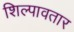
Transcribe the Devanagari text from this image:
शिल्पावतार